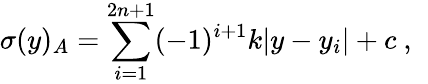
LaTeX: \sigma(y)_{A}=\sum_{i=1}^{2n+1}(-1)^{i+1}k|y-y_{i}|+c~,~\,